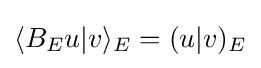
\langle B_{E}u|v\rangle _{E}=(u|v)_{E}